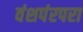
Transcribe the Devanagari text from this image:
वंशपंरपरा